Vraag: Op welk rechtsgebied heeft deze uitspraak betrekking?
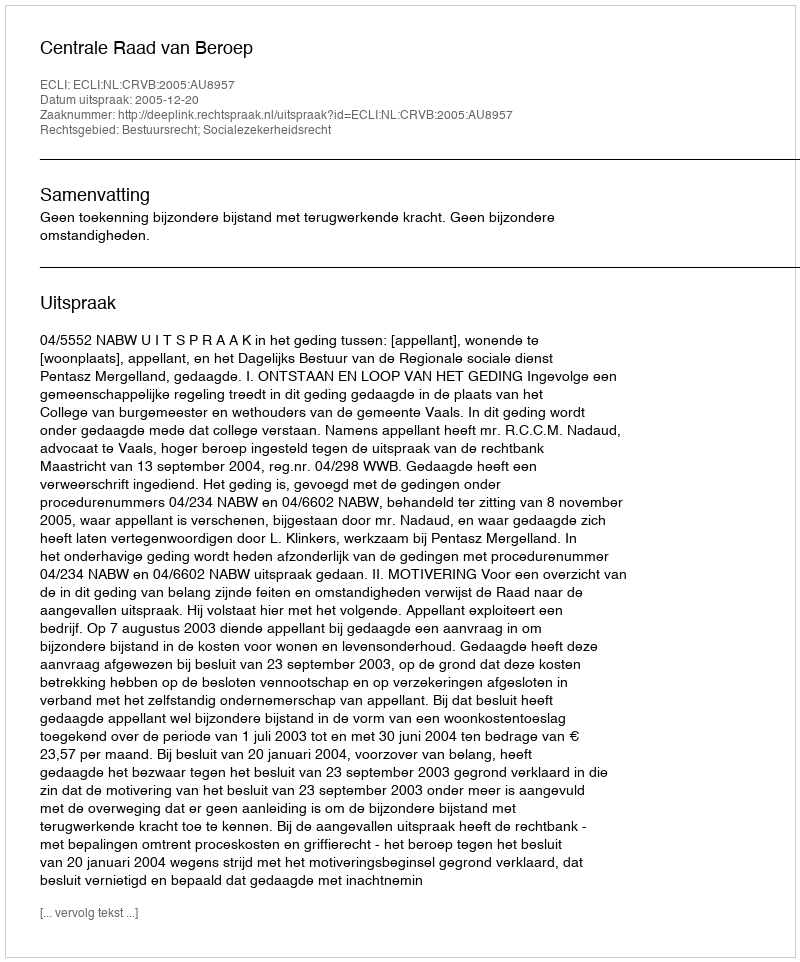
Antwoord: Bestuursrecht; Socialezekerheidsrecht